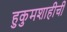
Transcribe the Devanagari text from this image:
हुकुमशाहीची